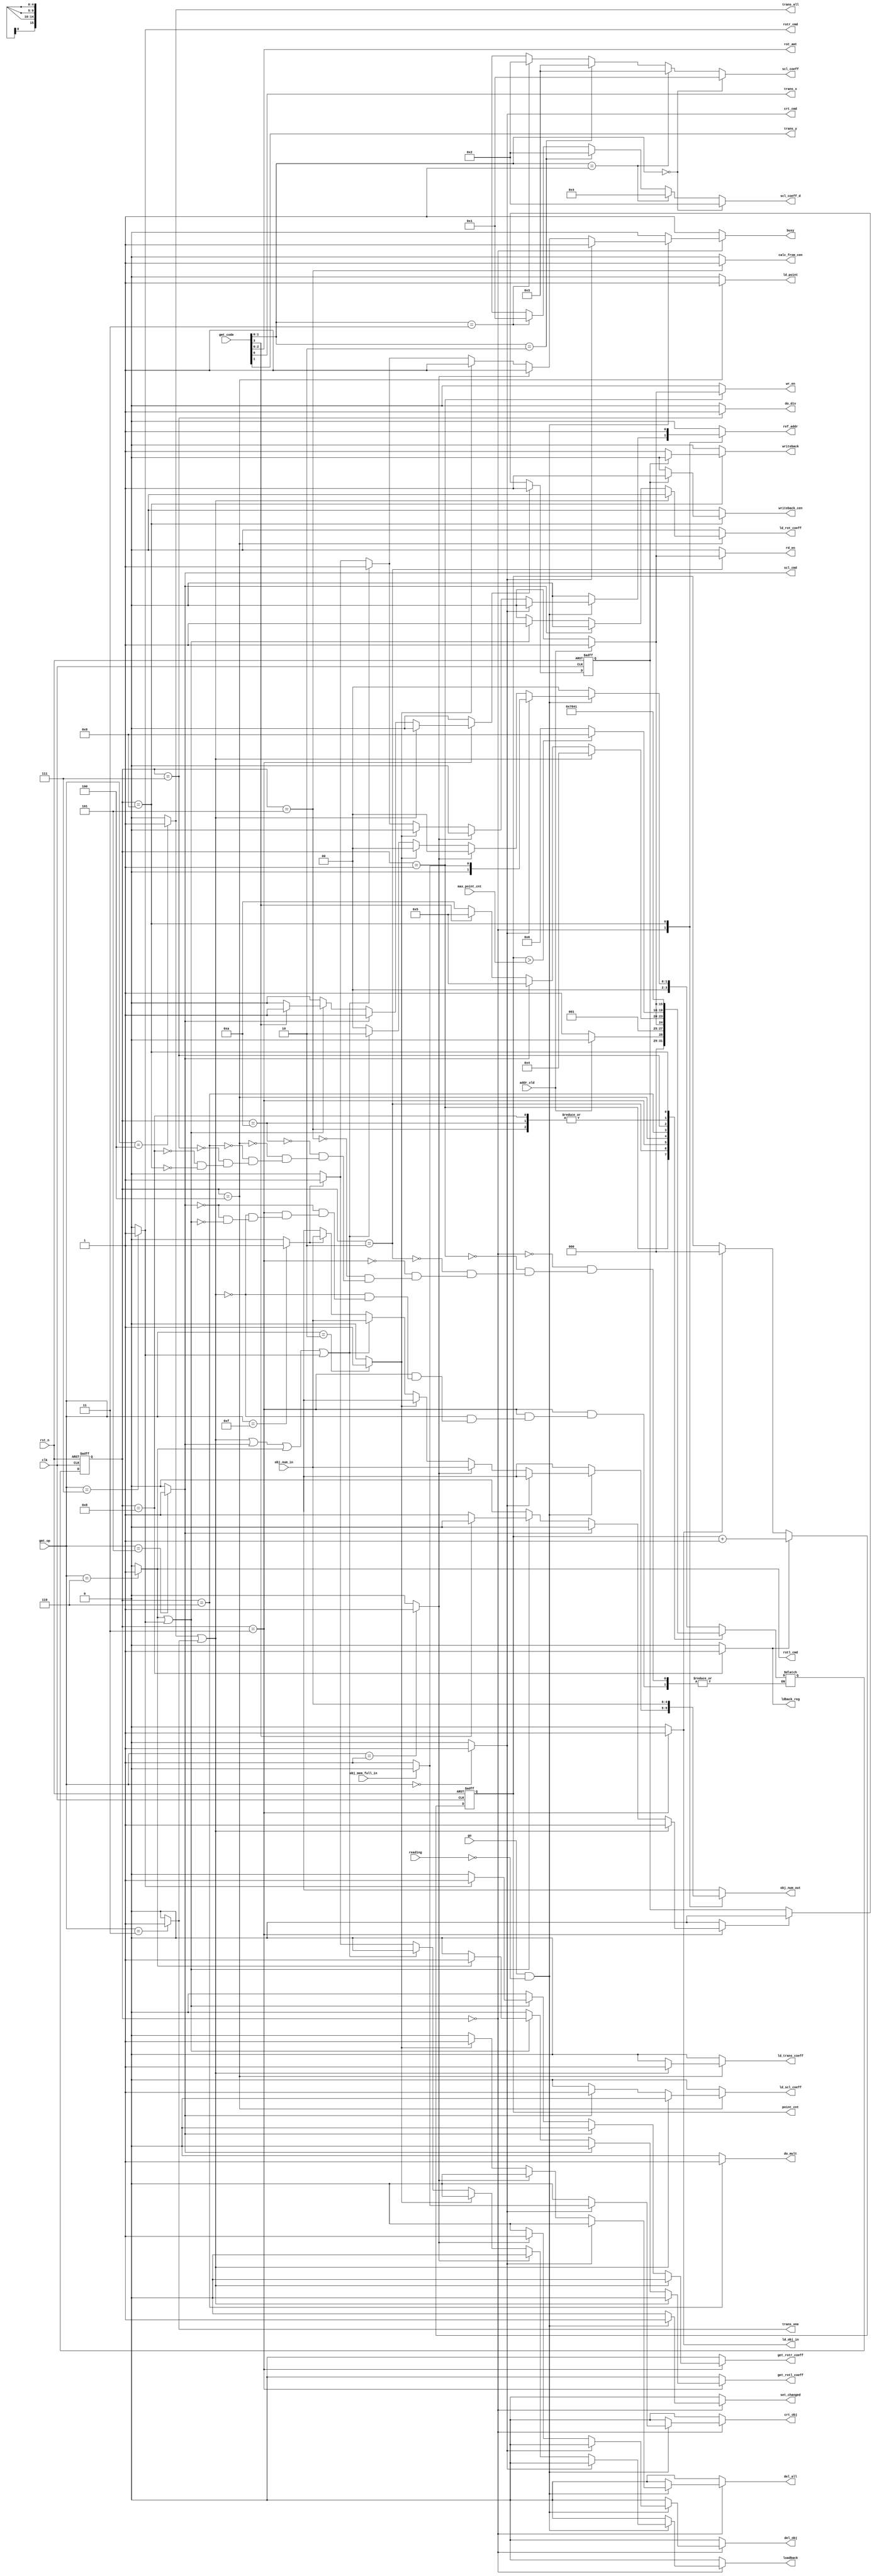
module matrix_state(input clk,
                    input rst_n,
                    input go,
            input reading,
                    input [3:0] gmt_op,
                    input [3:0] gmt_code,
            input [4:0] obj_num_in,
            input obj_mem_full_in,
            input addr_vld,
            input [2:0] max_point_cnt,
            output reg crt_obj,
            output reg del_obj,
            output reg del_all,
            output reg ref_addr,
            output reg [4:0] obj_num_out,
            output reg rd_en,
            output reg wr_en,
            output reg loadback,
            output [15:0] scl_coeff, scl_coeff_d,
                    output [2:0] rot_amt,
                    output reg busy,
                    output reg [2:0] point_cnt,
                    output crt_cmd, trans_one, trans_all, scl_cmd, rotl_cmd, rotr_cmd, trans_x, trans_y,
                    output reg writeback, writeback_cen, ld_obj_in, calc_from_cen, ldback_reg,
                    output reg ld_point, do_mult, do_div, set_changed,
                    output reg ld_trans_coeff, ld_scl_coeff, ld_rot_coeff, get_rotl_coeff, get_rotr_coeff
                    );

wire del_cmd, del_all_cmd;
wire ref_x, ref_y, ref_xy, crt_mat, use_mat, ldback;
wire rot_cen;

reg op_cen, set_op_cen, clr_op_cen;
reg inc_point_cnt, clr_point_cnt;

reg [3:0] st, nxt_st;
localparam IDLE=4'h0, WAIT_FOR_VLD_WR=4'h1, WAIT_FOR_VLD_RD=4'h2, LD_OBJ=4'h3, 
    LD_TERMS=4'h4, CALC_CENTROID = 4'h5, DO_MULT=4'h6, DO_DIV=4'h7, 
    LDBACK_REG=4'h8, WRITEBACK = 4'h9, WAIT_FOR_COEFF = 4'hA;


assign crt_cmd = (gmt_op == 4'h0)? 1'b1: 1'b0;
assign del_cmd = (gmt_op == 4'h1)? 1'b1: 1'b0;
assign del_all_cmd = (gmt_op == 4'h2)? 1'b1: 1'b0;
assign trans_one = (gmt_op == 4'h3)? 1'b1: 1'b0;
assign trans_all = (gmt_op == 4'h4)? 1'b1: 1'b0;
assign scl_cmd = (gmt_op == 4'h5)? 1'b1: 1'b0;
assign rotl_cmd = (gmt_op == 4'h6)? 1'b1: 1'b0;
assign rotr_cmd = (gmt_op == 4'h7)? 1'b1: 1'b0;
assign ref_x = (gmt_op == 4'h8)? 1'b1: 1'b0;
assign ref_y = (gmt_op == 4'h9)? 1'b1: 1'b0;
assign ref_xy = (gmt_op == 4'ha)? 1'b1: 1'b0;
assign crt_mat = (gmt_op == 4'hb)? 1'b1: 1'b0;
assign use_mat = (gmt_op == 4'hc)? 1'b1: 1'b0;
assign ldback = (gmt_op == 4'hf)? 1'b1: 1'b0;

always @(posedge clk, negedge rst_n) begin
    if(!rst_n) begin
        point_cnt <= 3'b0;
    end else begin
        if(clr_point_cnt)
            point_cnt <= 3'b0;
        if(inc_point_cnt)
            point_cnt <= point_cnt +1;
    end
end

always @(posedge clk, negedge rst_n) begin
    if(!rst_n) begin
        op_cen <= 1'b0;
    end else begin
        if(clr_op_cen)
            op_cen <= 1'b0;
        if(set_op_cen)
            op_cen <= 1'b1;
    end
end

assign scl_coeff = (gmt_code[1:0] == 2'h0) ? 1: //0.5 = 1/2
                (gmt_code[1:0] == 2'h1) ? 3: //0.75 = 3/4
                (gmt_code[1:0] == 2'h2) ? 3: //1.5 = 3/2
                (gmt_code[1:0] == 2'h3) ? 2: 16'hx; //2 = 2/1
assign scl_coeff_d = (gmt_code[1:0] == 2'h0) ? 2:
                (gmt_code[1:0] == 2'h1) ? 4:
                (gmt_code[1:0] == 2'h2) ? 2:
                (gmt_code[1:0] == 2'h3) ? 1: 16'hx;
assign trans_x = gmt_code[0];
assign trans_y = gmt_code[1];
assign rot_amt = gmt_code[2:0];
assign rot_cen = gmt_code[3];

always @(posedge clk, negedge rst_n) begin
    if(!rst_n)
        st <= IDLE;
    else
        st <= nxt_st;
end

always @(*) begin
busy = 1'b1;
crt_obj = 1'b0;
del_obj = 1'b0;
del_all = 1'b0;
obj_num_out = 5'bx; //maybe we should have a separate flop to drive obj_num to obj_unit
ref_addr = 1'b0;
loadback = 1'b0;
wr_en = 1'b0;
rd_en = 1'b0;
ld_trans_coeff = 1'b0;
ld_scl_coeff = 1'b0;
ld_rot_coeff = 1'b0;
get_rotl_coeff = 1'b0;
get_rotr_coeff = 1'b0;
ld_obj_in = 1'b0;
writeback = 1'b0;
writeback_cen = 1'b0;
calc_from_cen = 1'b0;
set_op_cen = 1'b0;
clr_op_cen = 1'b0;
ld_point = 1'b0;
do_mult = 1'b0;
do_div = 1'b0;
clr_point_cnt = 1'b0;
inc_point_cnt = 1'b0;
ldback_reg = 1'b0;
set_changed = 1'b0;
case (st)
    IDLE:
        if(go && !reading)begin
            set_changed = 1'b1;
            if (crt_cmd) begin
                if(!obj_mem_full_in) begin
                    crt_obj = 1'b1;
                    nxt_st = WAIT_FOR_VLD_WR;
                end else begin
                    nxt_st = IDLE;
                end
            end else if (del_cmd) begin
                obj_num_out = obj_num_in; //drive obj_num to obj_unit
                del_obj = 1'b1;
                nxt_st = IDLE;
            end else if (del_all_cmd) begin
                del_all = 1'b1;
                nxt_st = IDLE;
            end else if (trans_all || trans_one || scl_cmd || rotl_cmd || rotr_cmd) begin //load the obj and prepare the coeffs
                obj_num_out = obj_num_in; //drive obj_num to obj_unit
                ref_addr = 1'b1;        //ask it to drive addr of this obj to mem
                nxt_st = WAIT_FOR_VLD_RD;
            end else if (ldback) begin
                obj_num_out = obj_num_in; //drive obj_num to obj_unit
                ref_addr = 1'b1;        //ask it to drive addr of this obj to mem
                loadback = 1'b1; //not sure if the matrix unit needs to wait for anything
                nxt_st = IDLE;
            end else begin
                busy = 1'b0;
                nxt_st = IDLE;
            end
        end else begin
            busy = 1'b0;
            nxt_st = IDLE;
        end
    WAIT_FOR_VLD_WR:
        if(addr_vld == 1'b1) begin
            wr_en = 1'b1; //write to video mem
            nxt_st = IDLE;
        end else begin
            nxt_st = WAIT_FOR_VLD_WR;
        end
    WAIT_FOR_VLD_RD:
        if(addr_vld == 1'b1) begin
            rd_en = 1'b1; //read from video mem - obj goes into obj_in
            nxt_st = LD_OBJ;
        end else begin
            nxt_st = WAIT_FOR_VLD_RD;
        end
    LD_OBJ:
        begin
            ld_obj_in = 1'b1; //obj will be available in the next stage
            clr_point_cnt = 1'b1;//reset the point_cnt to 0
            if(trans_all || trans_one) begin
                clr_op_cen = 1'b1; //trans ops are never w.r.t centroid
                nxt_st = LD_TERMS;
            end else if(scl_cmd) begin
                set_op_cen = 1'b1; //scaling is always w.r.t centroid
                nxt_st = CALC_CENTROID;
            end else if (rotl_cmd || rotr_cmd) begin
                if(rotl_cmd)
                    get_rotl_coeff = 1'b1; //rot coeff will be loaded in the next cycle
                if(rotr_cmd)
                    get_rotr_coeff = 1'b1; //same as for rotl_cmd
                if(rot_cen) begin //if rotation is w.r.t centroid
                    set_op_cen = 1'b1;
                    nxt_st = CALC_CENTROID;
                end else begin //if not
                    clr_op_cen = 1'b1;
                    nxt_st = WAIT_FOR_COEFF;
                end
            end
        end
    CALC_CENTROID:
        begin
            calc_from_cen = 1'b1; //find x,y from the centroid and store the 
                                    //value of centroid for later 
            nxt_st = LD_TERMS;
        end
    WAIT_FOR_COEFF:
        begin
            nxt_st = LD_TERMS; //wait for the coeff_ROM to give back coeff
        end
    LD_TERMS:
        begin
            ld_point = 1'b1; //load x,y pt into regs for mult
            if(trans_all || trans_one) begin //load coeffs into regs for mult
                ld_trans_coeff = 1'b1;
            end else if(scl_cmd) begin
                ld_scl_coeff = 1'b1;
            end else if (rotl_cmd || rotr_cmd) begin
                ld_rot_coeff = 1'b1;
            end
            if(point_cnt > max_point_cnt) begin //if we've processed all pts of this obj
                nxt_st = WRITEBACK;
            end else begin
                nxt_st = DO_MULT;
            end
        end
    DO_MULT:
        begin
           do_mult = 1'b1; //perform mult of pt and coeff
           nxt_st = DO_DIV;
        end
    DO_DIV:
        begin
            do_div = 1'b1; //choose which bits of the result you want
            nxt_st = LDBACK_REG;
        end
    LDBACK_REG:
        begin
            ldback_reg = 1'b1; //ld result of mult into the appropriate reg
            inc_point_cnt = 1'b1;//move onto processing next pt
            nxt_st = LD_TERMS;
        end
    WRITEBACK:
        begin
            if(op_cen == 1) begin //if this is a centroid operation
                writeback_cen = 1'b1; //add with the centroid before writing
            end else begin            //else
                writeback = 1'b1;     //just write to mem 
            end
            obj_num_out = obj_num_in; //drive obj_num to obj_unit
            ref_addr = 1'b1; //ask it to drive addr corresponding to this num
            nxt_st = WAIT_FOR_VLD_WR;
        end
endcase
end
endmodule